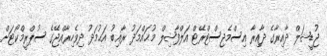
ޖުޑީޝަލް ދާއިރާގެ ދާއިރާ އިސްމެޖިސްޓްރޭޓް އަލްފާޟިލް މުޙައްމަދު ރާޣިބު އަޙުމަދު ދިވެހިރާއްޖޭގެ ސުޕްރީމްކޯޓަށް